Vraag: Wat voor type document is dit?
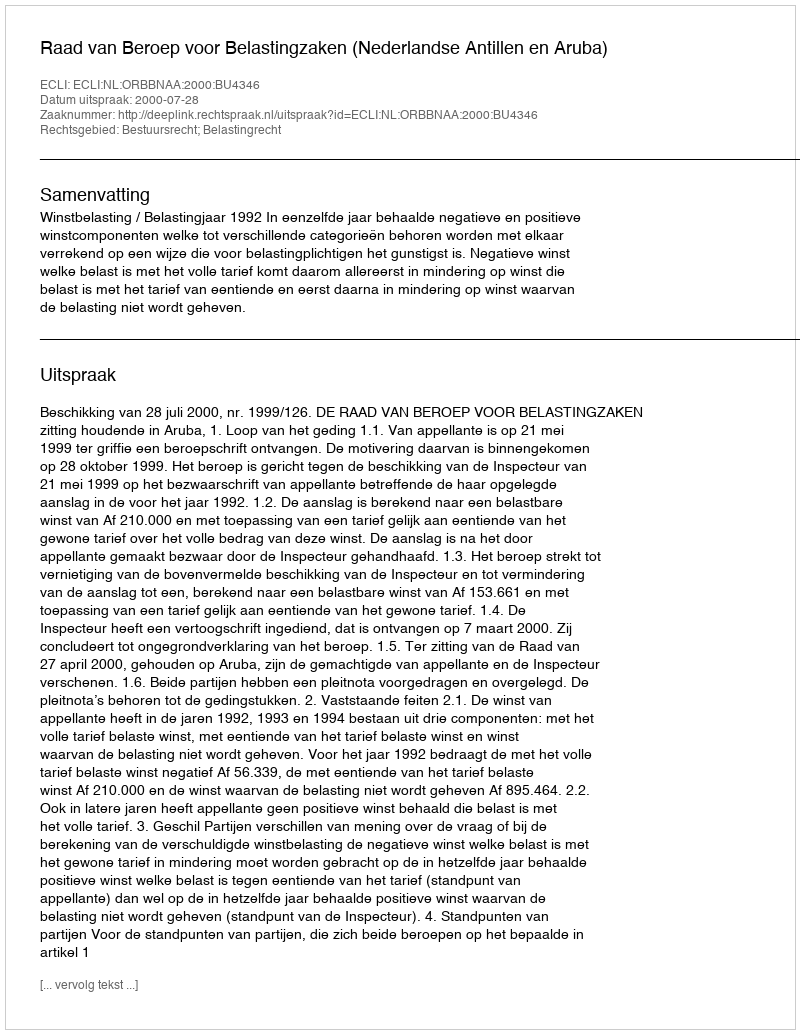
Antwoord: Uitspraak